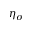
\eta _ { \sigma }